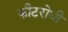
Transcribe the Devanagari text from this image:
कीटरोधी